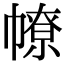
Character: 𢄷